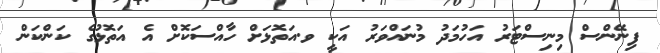
ފިނޭންސް މިނިސްޓަރު އަހުމަދު މުނައްވަރު އަކީ ވ.އަތޮޅަށް ހާއްސަކޮށް އެ އަތޮޅުގެ ކަންކަން